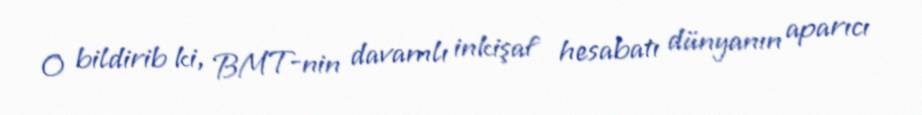
O bildirib ki, BMT-nin davamlı inkişaf hesabatı dünyanın aparıcı